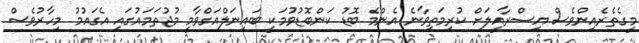
މީގެތެރެއިންވެސް އިސްރާއީލަށް ކުރިމަތިވާނެ އެންމެ ބޮޑު ކަންބޮޑުވުމަކީ ބައިނަލްއަގްވާމީ މުޖުތަމައުގައި އެގައުމު މިހާރުވެސް